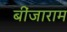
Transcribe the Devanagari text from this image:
बींजाराम